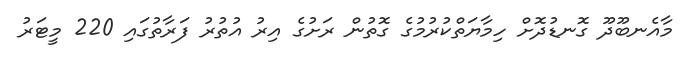
މާއެނބޫދޫ ގޮނޑުދޮށް ހިމާޔަތްކުރުމުގެ ގޮތުން ރަށުގެ އިރު އުތުރު ފަރާތުގައި 220 މީޓަރު